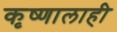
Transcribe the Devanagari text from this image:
कृष्णालाही